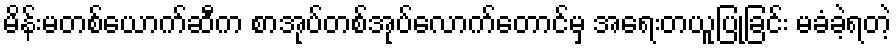
မိန်းမတစ်ယောက်ဆီက စာအုပ်တစ်အုပ်လောက်တောင်မှ အရေးတယူပြုခြင်း မခံခဲ့ရတဲ့